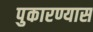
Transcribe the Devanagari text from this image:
पुकारण्यास